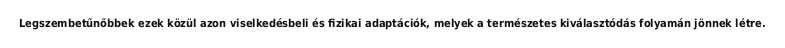
Legszembetűnőbbek ezek közül azon viselkedésbeli és fizikai adaptációk, melyek a természetes kiválasztódás folyamán jönnek létre.